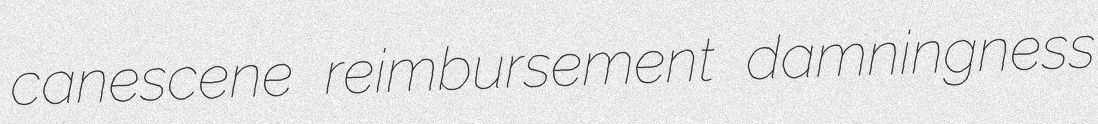
canescene reimbursement damningness